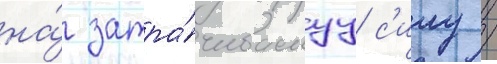
на́ затра́чиваемуу с'илу /